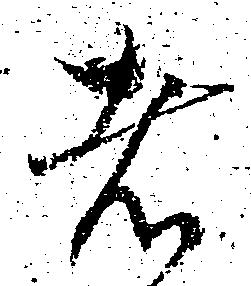
者